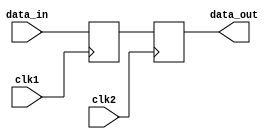
module master_slave_ff_synchronizer (
    input wire clk1,          // Clock for the master flip-flop
    input wire clk2,          // Clock for the slave flip-flop
    input wire data_in,       // Input data to be synchronized
    output reg data_out       // Synchronized output data
);

    // Internal signal for master flip-flop output
    reg master_out;

    // Master Flip-Flop: Captures data on the rising edge of clk1
    always @(posedge clk1) begin
        master_out <= data_in; // Capture input data
    end

    // Slave Flip-Flop: Captures master output on the rising edge of clk2
    always @(posedge clk2) begin
        data_out <= master_out; // Synchronize data to output
    end

endmodule